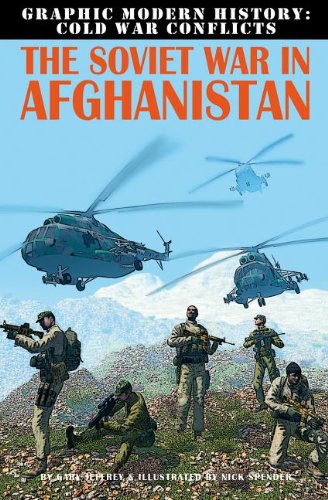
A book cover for The Soviet War in Afghanistan (Graphic Modern History: Cold War Conflicts); Gary Jeffrey; Children's Books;